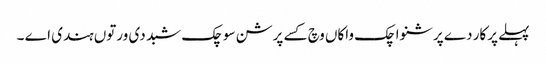
پہلے پرکار دے پرشنواچک واکاں وچ کسے پرشن سوچک شبد دی ورتوں ہندی اے ۔